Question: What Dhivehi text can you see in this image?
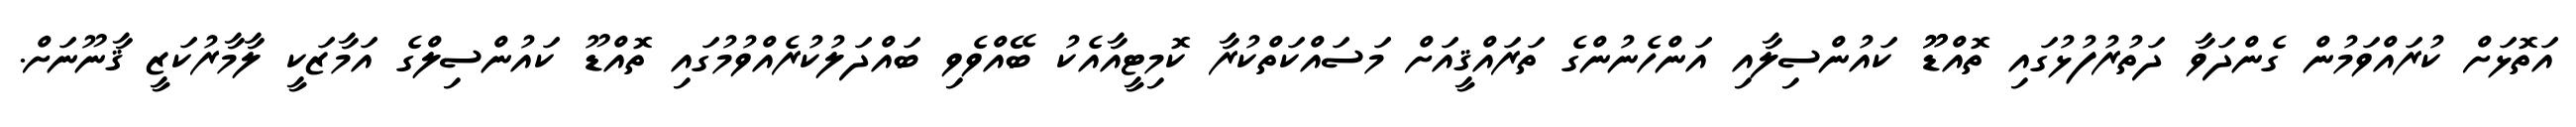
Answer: އަތޮޅަށް ކުރައްވަމުން ގެންދަވާ ދަތުރުފުޅުގައި ތޮއްޑޫޫ ކައުންސިލާއި އަންހެނުންގެ ތަރައްޤީއަށް މަސައްކަތްކުރާ ކޮމިޓީއާއެކު ބޭއްވެވި ބައްދަލުކުރެއްވުމުގައި ތޮއްޑޫ ކައުންސިލްގެ އަމާޒަކީ ލާމާރުކަޒީ ޤާނޫނަށް.